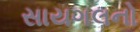
સાયગલનો